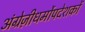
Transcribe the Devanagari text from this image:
अंग्रेज़ीधर्मोपदेशकों